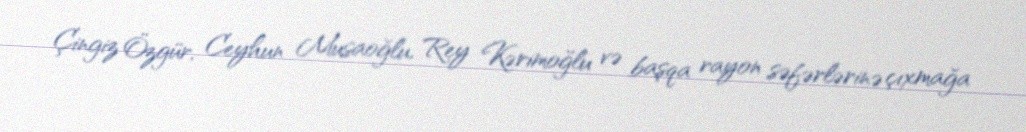
Çingiz Özgür, Ceyhun Musaoğlu, Rey Kərimoğlu və başqa rayon səfərlərinə çıxmağa